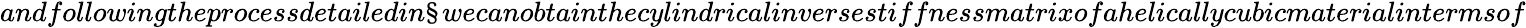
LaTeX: andfollowingtheprocessdetailedin\S wecanobtainthecylindricalinversestiffnessmatrixofahelicallycubicmaterialintermsof